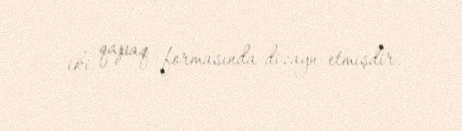
iki qapaq formasında dizayn etmişdir.